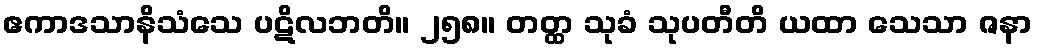
ဧကာဒသာနိသံသေ ပဋိလဘတိ။ ၂၅၈။ တတ္ထ သုခံ သုပတီတိ ယထာ သေသာ ဇနာ